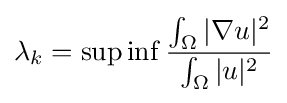
\lambda _{k}=\sup \inf {\frac {\int _{\Omega }|\nabla u|^{2}}{\int _{\Omega }|u|^{2}}}